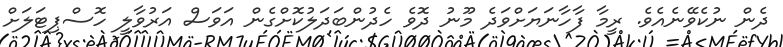
ދެން ނުކެވޭނެއެވެ. ރީމާ ފާހާނަޔަށްވަދެ މޫނު ދޮވެ ހެދުންބަދަލުކޮށްގެން އަވަސް އަރުވާލީ ހޮސްޕިޓަލަށް